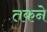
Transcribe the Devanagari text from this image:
तकने